Lunatic asylums Bombay report 1878-1890 - 1878-1890
Year: 1878
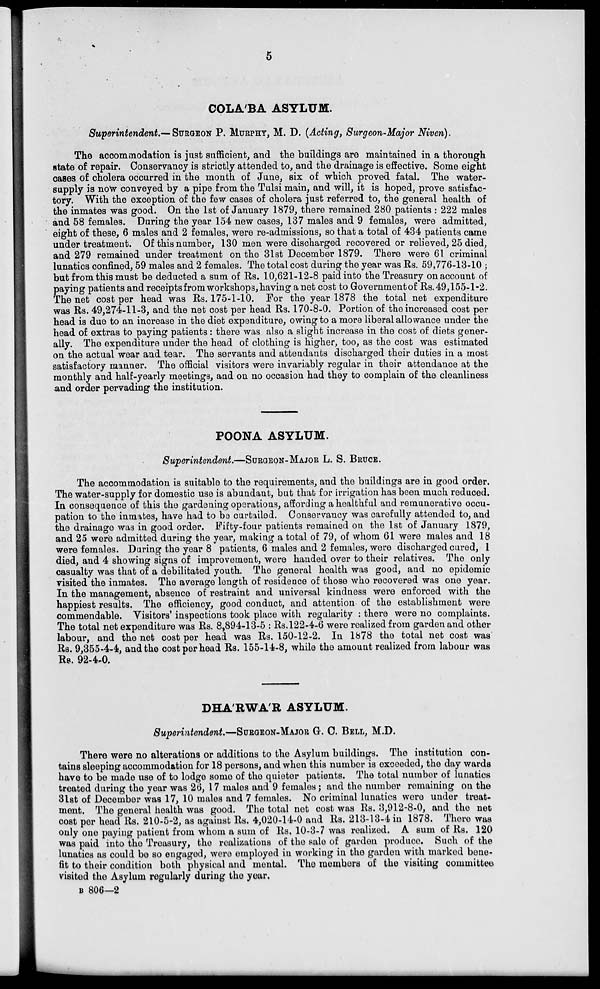
5
COLA'BA ASYLUM.
Superintendent.— SURGEON P. MURPHY, M. D. (Acting, Surgeon-Major Niven).
The accommodation is just sufficient, and the buildings are maintained in a thorough
state of repair. Conservancy is strictly attended to, and the drainage is effective. Some eight
cases of cholera occurred in the month of June, six of which proved fatal. The water-
supply is now conveyed by a pipe from the Tulsi main, and will, it is hoped, prove satisfac-
tory. With the exception of the few cases of cholera just referred to, the general health of
the inmates was good. On the 1st of January 1879, there remained 280 patients : 222 males
and 58 females. During the year 154 new cases, 137 males and 9 females, were admitted,
eight of these, 6 males and 2 females, were re-admissions, so that a total of 434 patients came
under treatment. Of this number, 130 men were discharged recovered or relieved, 25 died,
and 279 remained under treatment on the 31st December 1879. There were 61 criminal
lunatics confined, 59 males and 2 females. The total cost during the year was Rs. 59,776-13-10 ;
but from this must be deducted a sum of Rs. 10,621-12-8 paid into the Treasury on account of
paying patients and receipts from workshops, having a net cost to Government of Rs. 49,155-1-2.
The net cost per head was Rs. 175-1-10. For the year 1878 the total net expenditure
was Rs. 49,274-11-3, and the net cost per head Rs. 170-8-0. Portion of the increased cost per
head is due to an increase in the diet expenditure, owing to a more liberal allowance under the
head of extras to paying patients: there was also a slight increase in the cost of diets gener-
ally. The expenditure under the head of clothing is higher, too, as the cost was estimated
on the actual wear and tear. The servants and attendants discharged their duties in a most
satisfactory manner. The official visitors were invariably regular in their attendance at the
monthly and half-yearly meetings, and on no occasion had they to complain of the cleanliness
and order pervading the institution.
POONA ASYLUM.
Superintendent.—SURGEON-MAJOR L. S. BRUCE.
The accommodation is suitable to the requirements, and the buildings are in good order.
The water-supply for domestic use is abundant, but that for irrigation has been much reduced.
In consequence of this the gardening operations, affording a healthful and remunerative occu-
pation to the inmates, have had to be curtailed. Conservancy was carefully attended to, and
the drainage was in good order. Fifty-four patients remained on the 1st of January 1879,
and 25 were admitted during the year, making a total of 79, of whom 61 were males and 18
were females. During the year 8 patients, 6 males and 2 females, were discharged cured, 1
died, and 4 showing signs of improvement, were handed over to their relatives. The only
casualty was that of a debilitated youth. The general health was good, and no epidemic
visited the inmates. The average length of residence of those who recovered was one year.
In the management, absence of restraint and universal kindness were enforced with the
happiest results. The efficiency, good conduct, and attention of the establishment were
commendable. Visitors' inspections took place with regularity : there were no complaints.
The total net expenditure was Rs. 8,894-13-5 : Rs. 122-4-6 were realized from garden and other
labour, and the net cost per head was Rs. 150-12-2. In 1878 the total net cost was
Rs. 9,355-4-4, and the cost per head Rs. 155-14-8, while the amount realized from labour was
Rs. 92-4-0.
DHA'RWA'R ASYLUM.
Superintendent.—SURGEON-MAJOR G. C. BELL, M.D.
There were no alterations or additions to the Asylum buildings. The institution con-
tains sleeping accommodation for 18 persons, and when this number is exceeded, the day wards
have to be made use of to lodge some of the quieter patients. The total number of lunatics
treated during the year was 26, 17 males and 9 females ; and the number remaining on the
31st of December was 17, 10 males and 7 females. No criminal lunatics were under treat-
ment. The general health was good. The total net cost was Rs. 3,912-8-0, and the net
cost per head Rs. 210-5-2, as against Rs. 4,020-14-0 and Rs. 213-13-4 in 1878. There was
only one paying patient from whom a sum of Rs. 10-3-7 was realized. A sum of Rs. 120
was paid into the Treasury, the realizations of the sale of garden produce. Such of the
lunatics as could be so engaged, were employed in working in the garden with marked bene-
fit to their condition both physical and mental. The members of the visiting committee
visited the Asylum regularly during the year.
B 806—2